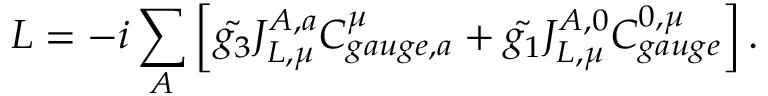
L = - i \sum _ { A } \left[ \tilde { g _ { 3 } } J _ { L , \mu } ^ { A , a } C _ { g a u g e , a } ^ { \mu } + \tilde { g _ { 1 } } J _ { L , \mu } ^ { A , 0 } C _ { g a u g e } ^ { 0 , \mu } \right] .